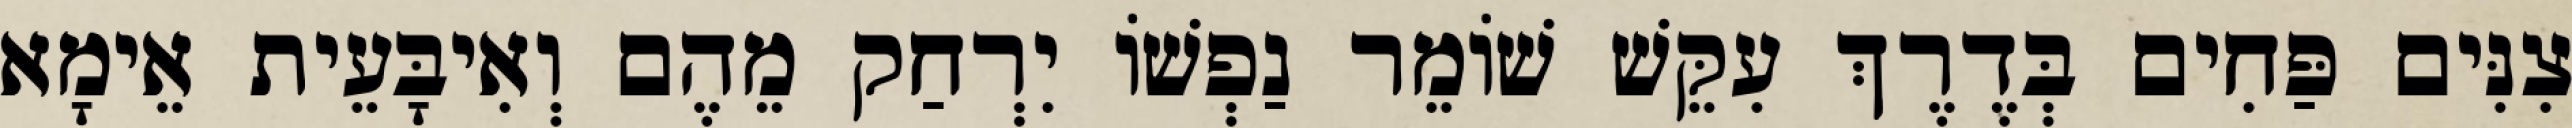
צִנִּים פַּחִים בְּדֶרֶךְ עִקֵּשׁ שׁוֹמֵר נַפְשׁוֹ יִרְחַק מֵהֶם וְאִיבָּעֵית אֵימָא